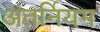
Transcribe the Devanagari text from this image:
अंतर्नियम